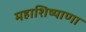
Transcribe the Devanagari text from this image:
महाशिष्याणा